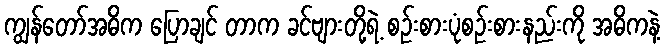
ကျွန်တော်အဓိက ပြောချင် တာက ခင်ဗျားတို့ရဲ့ စဉ်းစားပုံစဉ်းစားနည်းကို အဓိကနဲ့